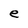
Character: e